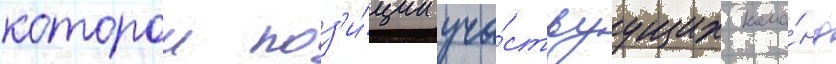
которои поз'и́ции уча́ствуущих кома́нд